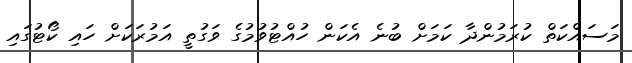
މަސައްކަތް ކުރަމުންދާ ކަމަށް ބުނެ އެކަން ހުއްޓުވުމުގެ ވަގުތީ އަމުރަކަށް ހައި ކޯޓުގައި